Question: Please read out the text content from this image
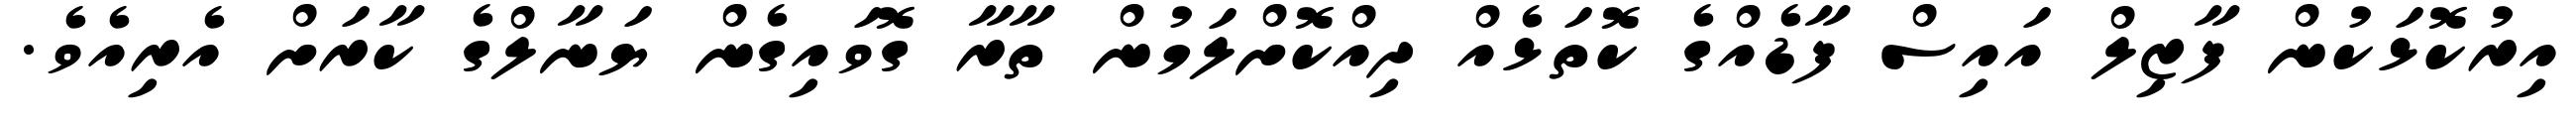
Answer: އިރުކޮޅަކުން ފާޒިލް އައިސް ފާޑެއްގެ ކޮތަޅެއް ދިއްކޮށްލަމުން ތާރާ ގޮވައިގެން ޔަނާލްގެ ކާރަށް އެރިއެވެ.